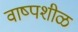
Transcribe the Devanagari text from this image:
वाष्पशीळ